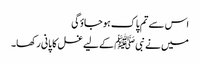
اس سے تم پاک ہو جاؤگی
میں نے نبی ﷺ کے لیے غسل کا پانی رکھا۔